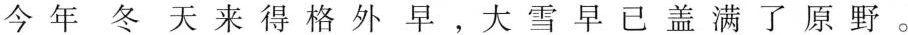
今年冬天来得格外早，大学早已盖满了原野。